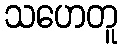
သဟေတူ